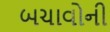
બચાવોની